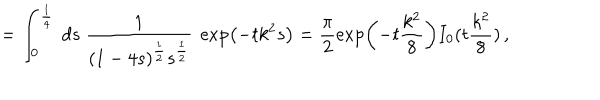
LaTeX: = \int _ { 0 } ^ { \frac 1 4 } \ d s \ \frac { 1 } { ( 1 - 4 s ) ^ { \frac 1 2 } s ^ { \frac 1 2 } } \ \exp \left( - t k ^ { 2 } s \right) = \frac { \pi } { 2 } \exp \left( - t \frac { k ^ { 2 } } { 8 } \right) I _ { 0 } ( t \frac { k ^ { 2 } } { 8 } ) \, ,